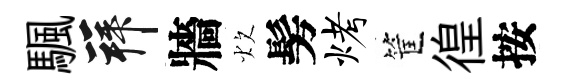
颿拜牆炊髣烤筐徨按